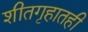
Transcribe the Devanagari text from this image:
शीतगृहातही